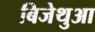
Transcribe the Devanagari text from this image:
बिजेथुआ